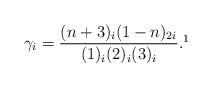
LaTeX: \begin{align*}\gamma_i=\frac{(n+3)_i(1-n)_{2i}}{(1)_i(2)_i(3)_i}.\footnote{Thanks to Dennis Stanton for suggesting this transformation}\end{align*}